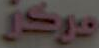
مركز